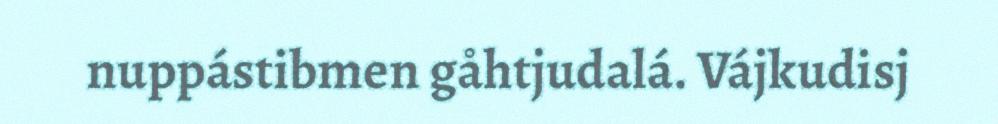
nuppástibmen gåhtjudalá. Vájkudisj